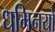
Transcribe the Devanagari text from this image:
धमिनयों